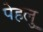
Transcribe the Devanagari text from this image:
पेहलु